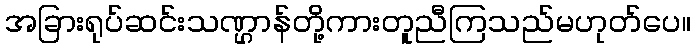
အခြားရုပ်ဆင်းသဏ္ဌာန်တို့ကားတူညီကြသည်မဟုတ်ပေ။